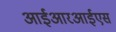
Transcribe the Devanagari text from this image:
आईआरआईएस